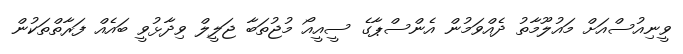
ވީނިއުސްއަށް މައުލޫމާތު ދެއްވަމުން އެންސްޕާގެ ސީއީއޯ މުޖުތަބާ ޖަލީލް ވިދާޅުވީ ބައެއް ފަރާތްތަކުން